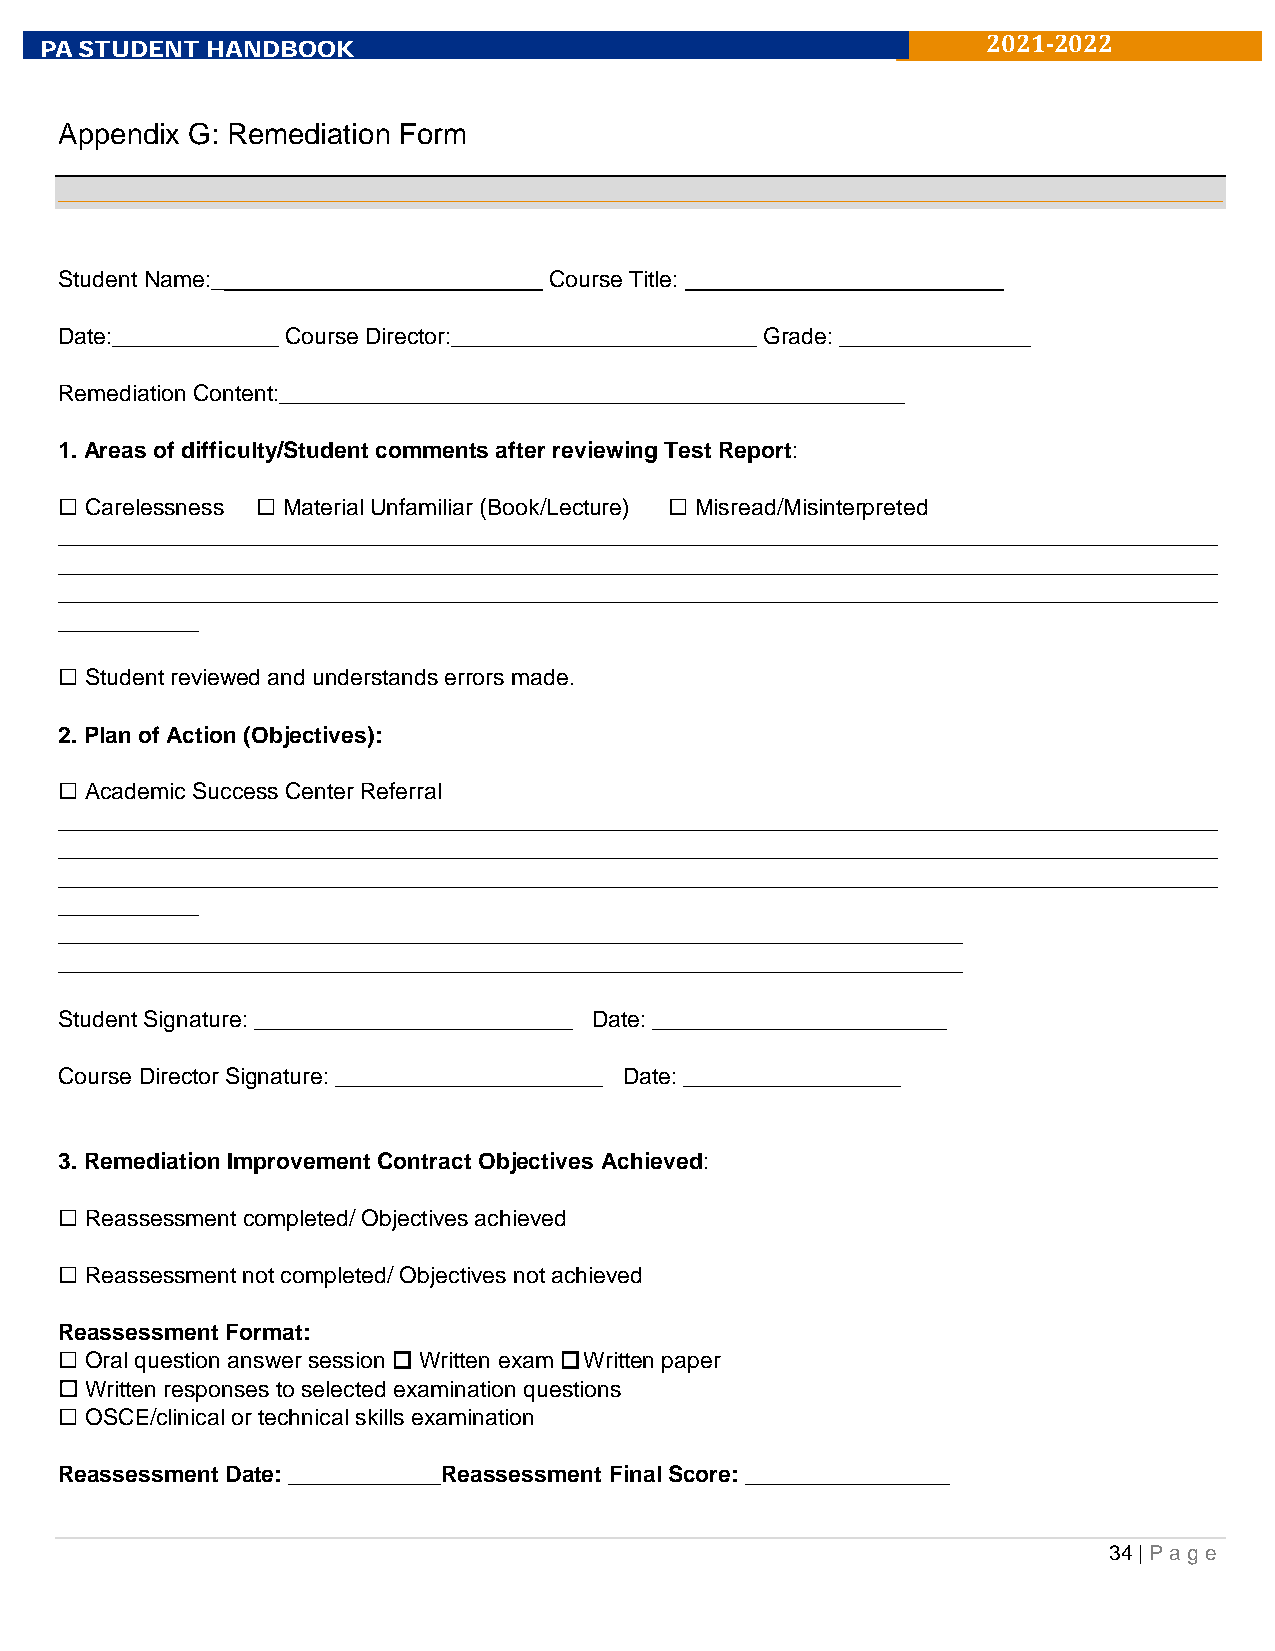
P A STUDENT HANDBOOK
 2021-2022
 Appendix G: Remediation Form
 Student Name:__________________________ Course Title: _________________________
 Date:_____________ Course Director:________________________ Grade: _______________
 Remediation Content:_________________________________________________
 1. Areas of difficulty/Student comments after reviewing Test Report:
  Carelessness  Material Unfamiliar (Book/Lecture)  Misread/Misinterpreted
 ___________________________________________________________________________________________
 ___________________________________________________________________________________________
 ___________________________________________________________________________________________
 ___________
  Student reviewed and understands errors made.
 2. Plan of Action (Objectives):
  Academic Success Center Referral
 ___________________________________________________________________________________________
 ___________________________________________________________________________________________
 ___________________________________________________________________________________________
 ___________
 _______________________________________________________________________
 _______________________________________________________________________
 Student Signature: _________________________ Date: _______________________
 Course Director Signature: _____________________ Date: _________________
 3. Remediation Improvement Contract Objectives Achieved:
  Reassessment completed/ Objectives achieved
  Reassessment not completed/ Objectives not achieved
 Reassessment Format:
  Oral question answer session  Written exam  Written paper
  Written responses to selected examination questions
  OSCE/clinical or technical skills examination
 Reassessment Date: ____________Reassessment Final Score: ________________
 34 | Pa g e